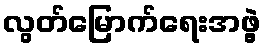
လွတ်မြောက်ရေးအဖွဲ့